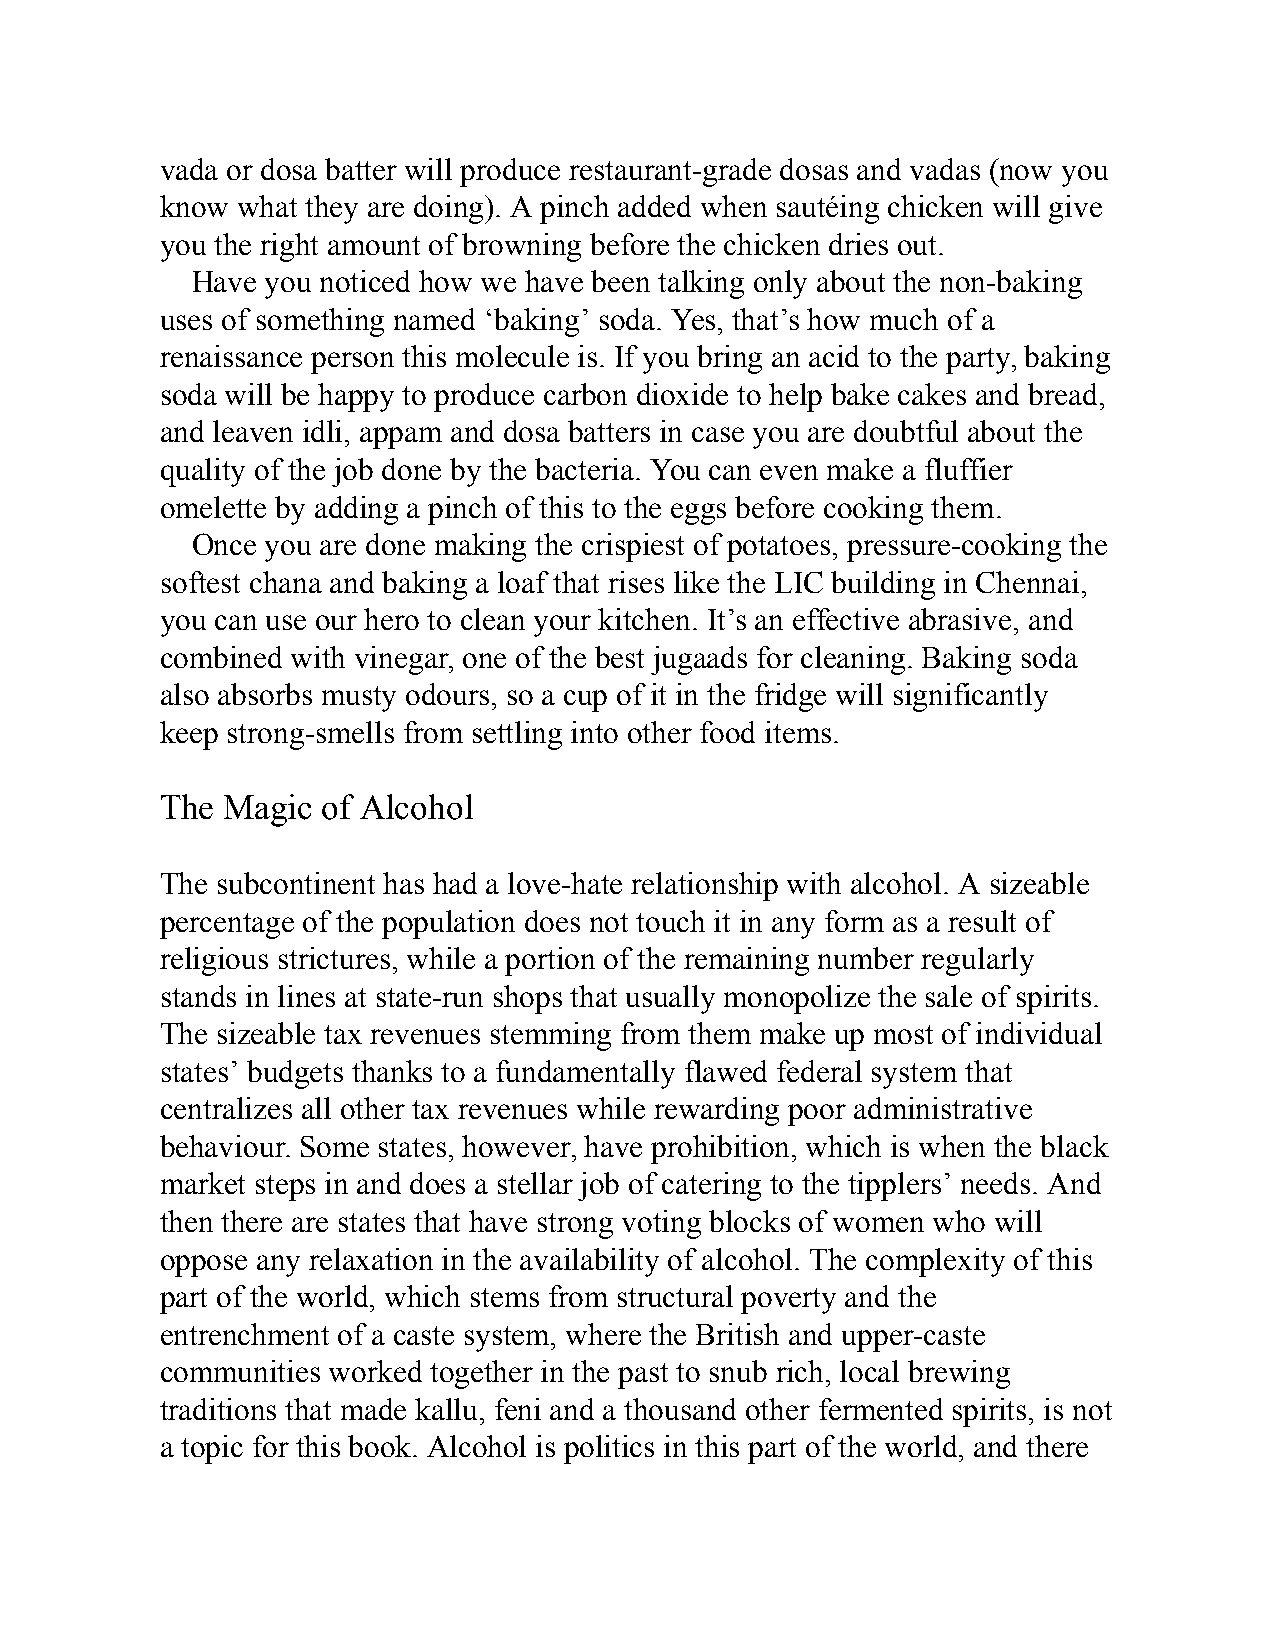
vada or dosa batter will produce restaurant-grade dosas and vadas (now you
 know what they are doing). A pinch added when sautéing chicken will give
 you the right amount of browning before the chicken dries out.
 Have you noticed how we have been talking only about the non-baking
 uses of something named ‘baking’ soda. Yes, that’s how much of a
 renaissance person this molecule is. If you bring an acid to the party, baking
 soda will be happy to produce carbon dioxide to help bake cakes and bread,
 and leaven idli, appam and dosa batters in case you are doubtful about the
 quality of the job done by the bacteria. You can even make a fluffier
 omelette by adding a pinch of this to the eggs before cooking them.
 Once you are done making the crispiest of potatoes, pressure-cooking the
 softest chana and baking a loaf that rises like the LIC building in Chennai,
 you can use our hero to clean your kitchen. It’s an effective abrasive, and
 combined with vinegar, one of the best jugaads for cleaning. Baking soda
 also absorbs musty odours, so a cup of it in the fridge will significantly
 keep strong-smells from settling into other food items.
 The Magic of Alcohol
 The subcontinent has had a love-hate relationship with alcohol. A sizeable
 percentage of the population does not touch it in any form as a result of
 religious strictures, while a portion of the remaining number regularly
 stands in lines at state-run shops that usually monopolize the sale of spirits.
 The sizeable tax revenues stemming from them make up most of individual
 states’ budgets thanks to a fundamentally flawed federal system that
 centralizes all other tax revenues while rewarding poor administrative
 behaviour. Some states, however, have prohibition, which is when the black
 market steps in and does a stellar job of catering to the tipplers’ needs. And
 then there are states that have strong voting blocks of women who will
 oppose any relaxation in the availability of alcohol. The complexity of this
 part of the world, which stems from structural poverty and the
 entrenchment of a caste system, where the British and upper-caste
 communities worked together in the past to snub rich, local brewing
 traditions that made kallu, feni and a thousand other fermented spirits, is not
 a topic for this book. Alcohol is politics in this part of the world, and there